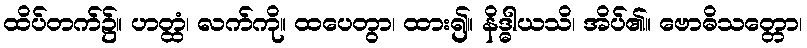
ထိပ်တက်၌။ ဟတ္ထံ၊ လက်ကို။ ထပေတွာ၊ ထား၍။ နိဒ္ဓါယသိ၊ အိပ်၏။ ဗောဓိသတ္တော၊